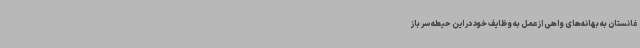
غانستان به بهانه‌های واهی از عمل به وظایف خود در این حیطه سر باز